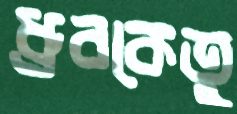
ধ্রুবকেতু